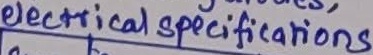
Text: electrical specifications